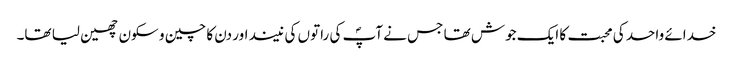
خدائے واحد کی محبت کا ایک جوش تھا جس نے آپؐ کی راتوں کی نیند اور دن کا چین و سکون چھین لیا تھا۔